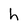
Character: h